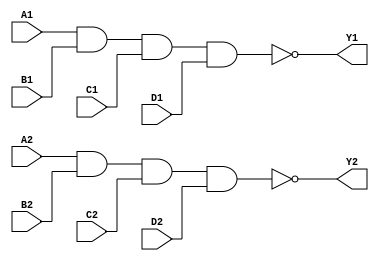
// -*- mode: verilog -*-

/*
 * 74x18: Dual 4-input NAND gate
 */
module top(A1, B1, C1, D1, Y1,
           A2, B2, C2, D2, Y2);

   (* LOC = "FB1_1" *) input A1;
   (* LOC = "FB1_2" *) input B1;
   (* LOC = "FB1_3" *) input C1;
   (* LOC = "FB1_4" *) input D1;
   (* LOC = "FB1_5" *) output Y1;

   (* LOC = "FB1_6" *) input A2;
   (* LOC = "FB1_7" *) input B2;
   (* LOC = "FB1_8" *) input C2;
   (* LOC = "FB1_9" *) input D2;
   (* LOC = "FB1_10" *) output Y2;

   assign Y1 = !(A1 & B1 & C1 & D1);
   assign Y2 = !(A2 & B2 & C2 & D2);

endmodule